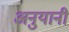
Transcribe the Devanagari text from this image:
अनुयानी